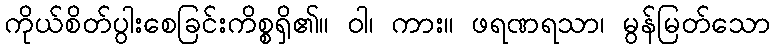
ကိုယ်စိတ်ပွါးစေခြင်းကိစ္စရှိ၏။ ဝါ၊ ကား။ ဖရဏရသာ၊ မွန်မြတ်သော